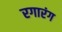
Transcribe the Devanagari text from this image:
रगारंग